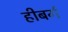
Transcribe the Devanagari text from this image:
हीबर्ग